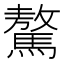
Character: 驁